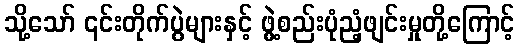
သို့သော် ၎င်းတိုက်ပွဲများနှင့် ဖွဲ့စည်းပုံညံ့ဖျင်းမှုတို့ကြောင့်